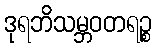
ဒုရဘိသမ္ဘဝတရဉ္စ